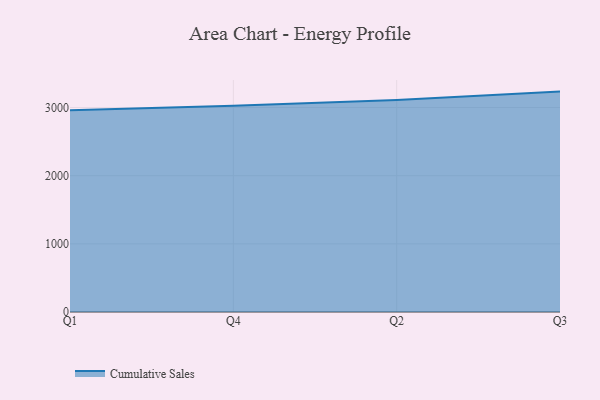
{"axis": {"x": "Quarter", "y": "Website Visitors"}, "legend": ["Cumulative Sales"], "data": [{"x": "Q1", "y": 2958.7, "type": "Cumulative Sales"}, {"x": "Q4", "y": 3026.0, "type": "Cumulative Sales"}, {"x": "Q2", "y": 3111.5, "type": "Cumulative Sales"}, {"x": "Q3", "y": 3233.4, "type": "Cumulative Sales"}]}